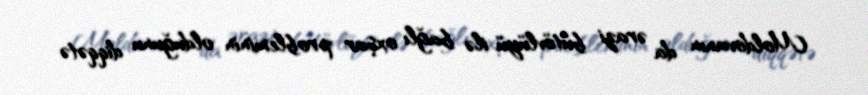
Moldovanın da ərazi bütövlüyü ilə bağlı oxşar probleminin olduğunu diqqətə